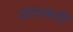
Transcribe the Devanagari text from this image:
उरुधमनी